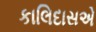
કાલિદાસએ